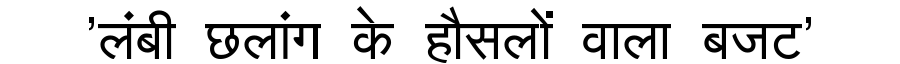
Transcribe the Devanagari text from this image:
'लंबी छलांग के हौसलों वाला बजट'